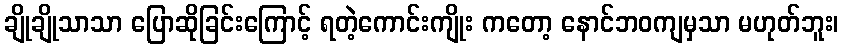
ချိုချိုသာသာ ပြောဆိုခြင်းကြောင့် ရတဲ့ကောင်းကျိုး ကတော့ နောင်ဘဝကျမှသာ မဟုတ်ဘူး၊